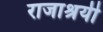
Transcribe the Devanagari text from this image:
राजाश्रयी